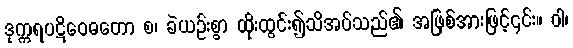
ဒုက္ကရပဋိဝေဓတော စ၊ ခဲယဉ်းစွာ ထိုးထွင်း၍သိအပ်သည်၏ အဖြစ်အားဖြင့်၎င်း။ ဝါ၊